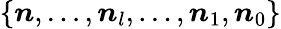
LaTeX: \{ \boldsymbol n,\dots,\boldsymbol n_{l},\dots,\boldsymbol n_{1},\boldsymbol n_{0}\}